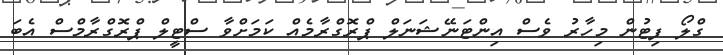
ގްލޯ ފިޓުން މިހާރު ވެސް އިންޓަނޭޝަނަލް ޕްރޮގްރާމެއް ކަމަށްވާ ސްޓީލް ޕްރޮގްރާމްސް އެބަ